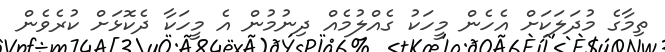
ތިމާގެ މުދަލަކަށް އެހެން މީހަކު ގެއްލުމެއް ދިނުމުން އެ މީހަކާ ދެކޮޅަށް ކުރެވެން